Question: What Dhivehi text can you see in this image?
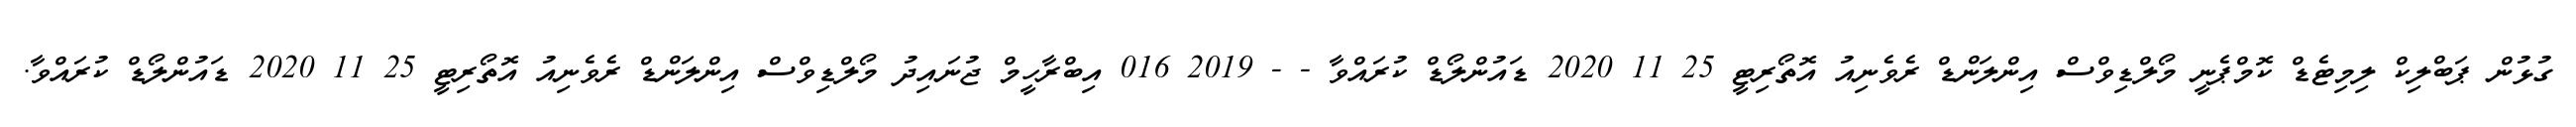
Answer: ގުޅުން ޕަބްލިކް ލިމިޓެޑް ކޮމްޕެނީ މޯލްޑިވްސް އިންލަންޑް ރެވެނިއު އޮތޯރިޓީ 25 11 2020 ޑައުންލޯޑް ކުރައްވާ - - 2019 016 އިބްރާހީމް ޖުނައިދު މޯލްޑިވްސް އިންލަންޑް ރެވެނިއު އޮތޯރިޓީ 25 11 2020 ޑައުންލޯޑް ކުރައްވާ.